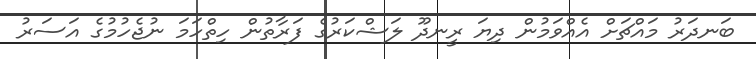
ބަނދަރު މައްޗަށް އެއްވަމުން ދިޔަ ރީނދޫ ލަޝްކަރުގެ ފަރާތުން ހިތްހަމަ ނުޖެހުމުގެ އަސަރު